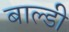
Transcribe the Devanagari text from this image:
बाल्डी